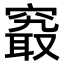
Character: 𥧖